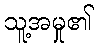
သူ့အမှု၏